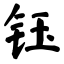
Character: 钰